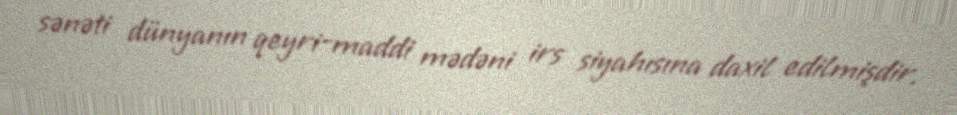
sənəti dünyanın qeyri-maddi mədəni irs siyahısına daxil edilmişdir.